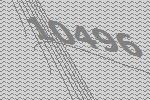
10496